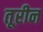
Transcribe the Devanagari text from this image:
तूरीन